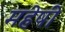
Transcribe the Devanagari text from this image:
महेषी